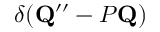
\delta ( \mathbf { Q } ^ { \prime \prime } - { \cal P } \mathbf { Q } )